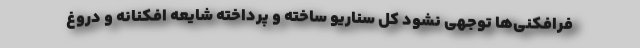
فرافکنی‌ها توجهی نشود کل سناریو ساخته و پرداخته شایعه افکنانه و دروغ